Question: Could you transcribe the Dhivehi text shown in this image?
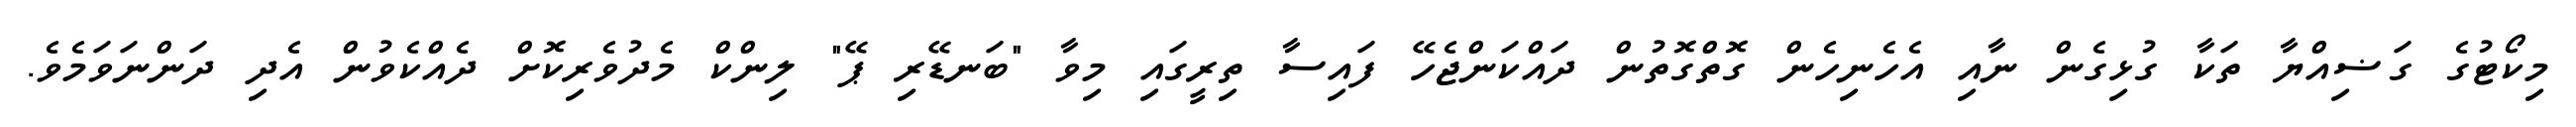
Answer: މިކޯޓުގެ ގަޟިއްޔާ ތަކާ ގުޅިގެން ނާއި އެހެނިހެން ގޮތްގޮތުން ދައްކަންޖެހޭ ފައިސާ ތިރީގައި މިވާ "ބަނޑޭރި ޕޭ" ލިންކް މެދުވެރިކޮށް ދެއްކެވުން އެދި ދަންނަވަމެވެ.